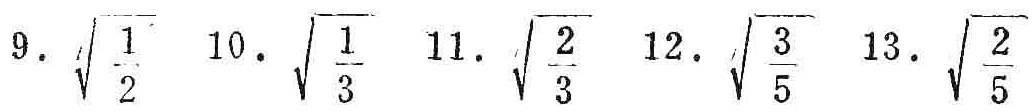
$9.\ \sqrt{\frac{1}{2}}\quad 10.\ \sqrt{\frac{1}{3}}\quad 11.\ \sqrt{\frac{2}{3}}\quad 12.\ \sqrt{\frac{3}{5}}\quad 13.\ \sqrt{\frac{2}{5}}$